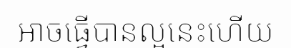
អាចធ្វើបានល្អនេះហើយ